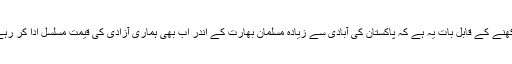
یاد رکھنے کے قابل بات یہ ہے کہ پاکستان کی آبادی سے زیادہ مسلمان بھارت کے اندر اب بھی ہماری آزادی کی قیمت مسلسل ادا کر رہے ہیں۔